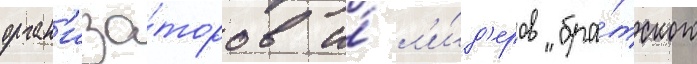
орган'иза́торов и́ л'и́д'еров "бра́тского